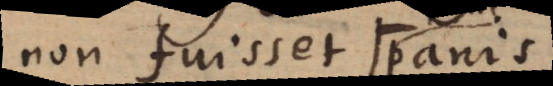
non fuisset panis